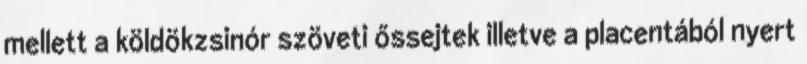
mellett a köldökzsinór szöveti őssejtek illetve a placentából nyert